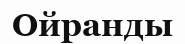
Ойранды